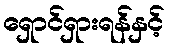
ရှောင်ရှားရန်နှင့်